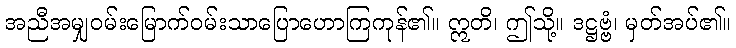
အညီအမျှဝမ်းမြောက်ဝမ်းသာပြောဟောကြကုန်၏။ ဣတိ၊ ဤသို့။ ဒဋ္ဌဗ္ဗံ၊ မှတ်အပ်၏။